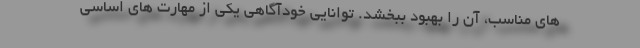
های مناسب، آن را بهبود ببخشد. توانایی خودآگاهی یکی از مهارت های اساسی